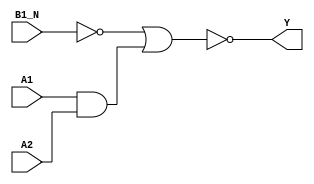
module sky130_fd_sc_hd__a21boi_7 (
    Y   ,
    A1  ,
    A2  ,
    B1_N
);
    output Y   ;
    input  A1  ;
    input  A2  ;
    input  B1_N;
    wire b         ;
    wire and0_out  ;
    wire nor0_out_Y;
    not not0 (b         , B1_N           );
    and and0 (and0_out  , A1, A2         );
    nor nor0 (nor0_out_Y, b, and0_out    );
    buf buf0 (Y         , nor0_out_Y     );
endmodule